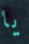
يا